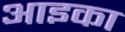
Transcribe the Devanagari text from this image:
आइका